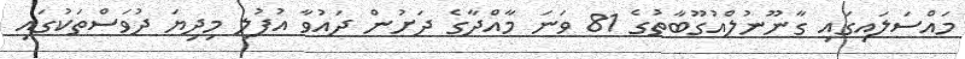
މައްސަލައިގައި ގާނޫނުލްއުގޫބާތުގެ 81 ވަނަ މާއްދާގެ ދަށުން ދައުވާ އުފުލި މިދިޔަ ދުވަސްތަކުގައި